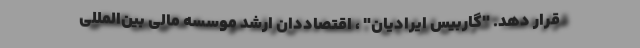
قرار دهد. "گاربیس ایرادیان" ، اقتصاددان ارشد موسسه مالی بین‌المللی